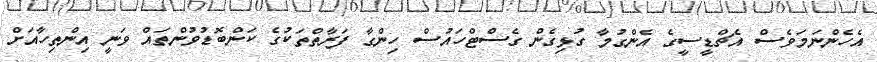
އެހެންނަމަވެސް އެޗްޑީސީގެ އެންގުމާ ގުޅިގެން ގެސްޓްހައުސް ހިންގާ ފަރާތްތަކުގެ ކަންބޮޑުވުންތައް ވަނީ އިންތިހާއަށް